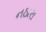
નઠારા